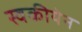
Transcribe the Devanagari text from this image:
स्वकीयेन